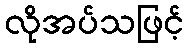
လိုအပ်သဖြင့်